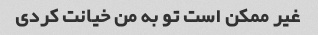
غیر ممکن است تو به من خیانت کردی